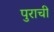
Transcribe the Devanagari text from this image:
पुराची